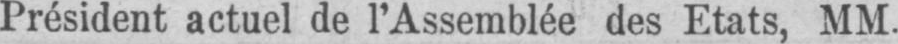
Président actuel de l’Assemblée des Etats, MM.